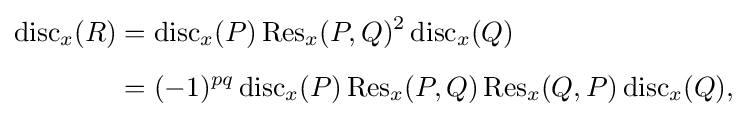
{\begin{aligned}\operatorname {disc} _{x}(R)&=\operatorname {disc} _{x}(P)\operatorname {Res} _{x}(P,Q)^{2}\operatorname {disc} _{x}(Q)\\[5pt]{}&=(-1)^{pq}\operatorname {disc} _{x}(P)\operatorname {Res} _{x}(P,Q)\operatorname {Res} _{x}(Q,P)\operatorname {disc} _{x}(Q),\end{aligned}}